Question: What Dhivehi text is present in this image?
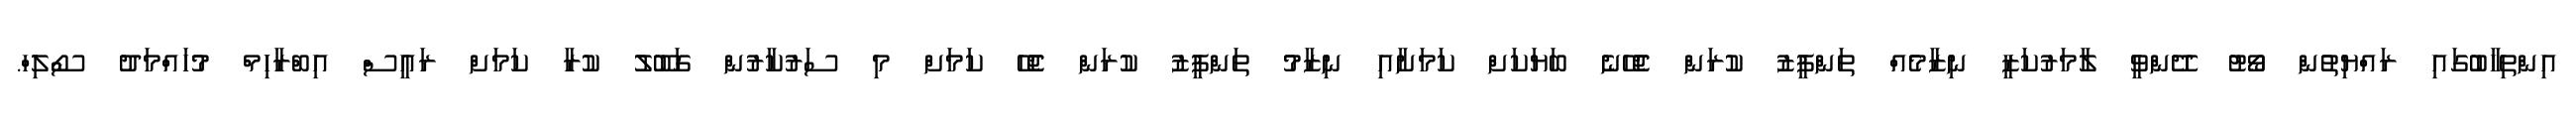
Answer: އިންތިހާބުގައި ރައްޔިތުން ވޯޓު ދޭންވީ ލާމަރުކަޒީ ނިޒާމެއް ތަންފީޒު ކުރަން ޖެހޭނެ ބަޔަކަށް ކަމަށާއި ނިޒާމު ތަންފީޒު ކުރަން ޖެހޭ ކަމަށް މި ސަރުކާރުން ގަބޫލު ކުރާ ކަމަށް ރައީސް އިބްރާހިމް މުހައްމަދު ސޯލިހް.